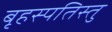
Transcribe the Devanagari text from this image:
बृहस्पतिस्तु